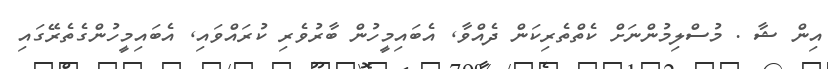
އިން ޝާ . މުސްލިމުންނަށް ކެތްތެރިކަން ދެއްވާ